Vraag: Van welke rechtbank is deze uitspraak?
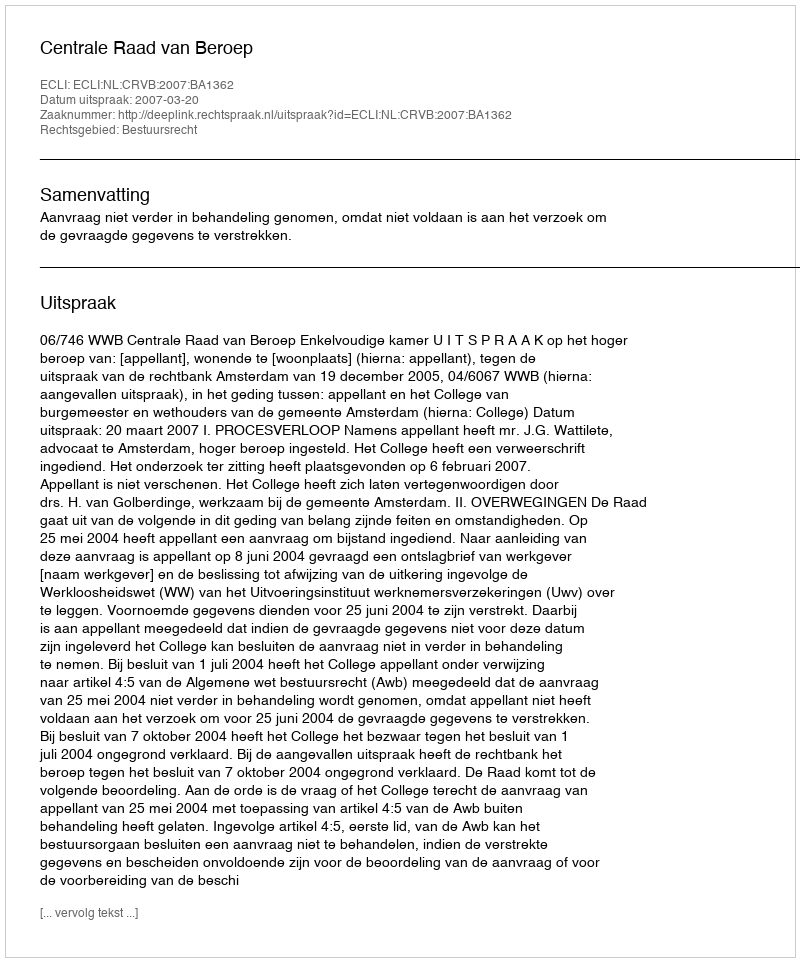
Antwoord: Centrale Raad van Beroep